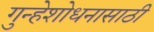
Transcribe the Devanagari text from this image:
गुन्हेशोधनासाठी